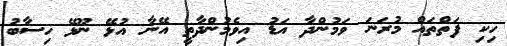
ހިކި ފަތްތައް މުރަނަ ވަމުންދާ އަޑު އިވެމުންދާތީ އޭނާ އުޅޭ ނޫޅޭ ހިސާބު